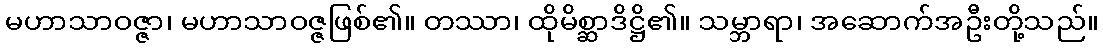
မဟာသာဝဇ္ဇာ၊ မဟာသာဝဇ္ဇဖြစ်၏။ တဿာ၊ ထိုမိစ္ဆာဒိဋ္ဌိ၏။ သမ္ဘာရာ၊ အဆောက်အဦးတို့သည်။